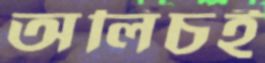
অলিচই